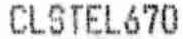
CLSTEL670